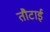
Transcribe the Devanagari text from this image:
तौटाई